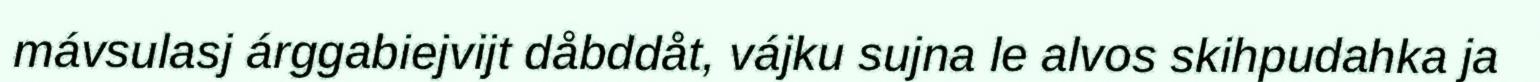
mávsulasj árggabiejvijt dåbddåt, vájku sujna le alvos skihpudahka ja